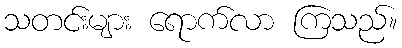
သတင်းများ ရောက်လာ ကြသည်။